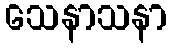
သေနာသနာ